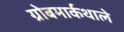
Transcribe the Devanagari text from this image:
ग्रोबमार्कथाले